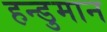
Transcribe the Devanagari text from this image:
हन्डुमान